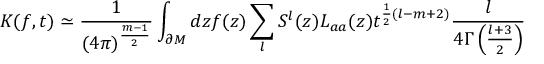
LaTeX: K ( f , t ) \simeq \frac 1 { ( 4 \pi ) ^ { \frac { m - 1 } 2 } } \int _ { \partial { \cal M } } d z f ( z ) \sum _ { l } S ^ { l } ( z ) L _ { a a } ( z ) t ^ { \frac 1 2 ( l - m + 2 ) } \frac { l } { 4 \Gamma \left( \frac { l + 3 } 2 \right) }